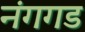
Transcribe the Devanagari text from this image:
नंगगड